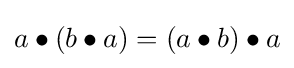
a\bullet \left(b\bullet a\right)=\left(a\bullet b\right)\bullet a